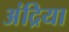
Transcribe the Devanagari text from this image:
अंद्रिया